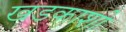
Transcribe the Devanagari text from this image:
खडकाशी